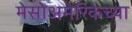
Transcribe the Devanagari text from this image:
मेसोअमेरिकेच्या